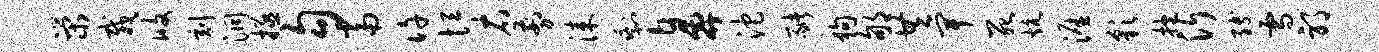
荣栽攸刻洞拯勾当许恒右剪漆剩鼻沱猪狗郇共卑死炕涯彩抱沂缚雪邪